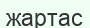
жартас